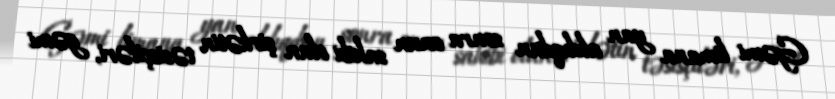
Gəmi limana yan aldıqdan sonra onun sahibi olan şirkətin təsisçiləri, gəmi